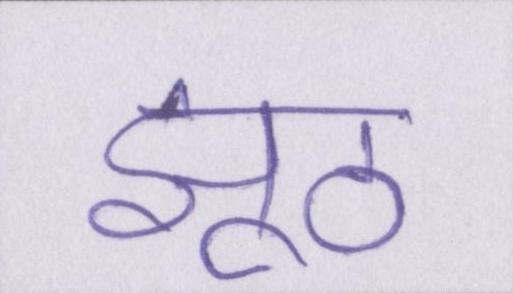
झूठ